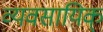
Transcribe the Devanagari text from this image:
व्यवसायिक्